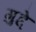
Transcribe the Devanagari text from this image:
गुद्दे